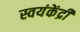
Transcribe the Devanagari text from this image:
स्वयंकेंद्री